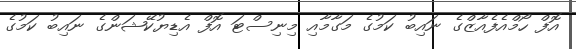
އޮފް ހޯމްއެފެއާޒްގެ ނައިބު ކަމުގެ މަގާމާއި މިނިސްޓަ އޮފް އެޑިޔުކޭޝަންގެ ނައިބު ކަމުގެ